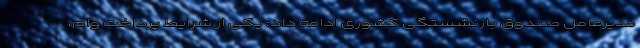
مدیرعامل صندوق بازنشستگی کشوری ادامه داد: یکی از شرایط پرداخت وام،